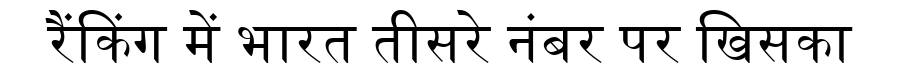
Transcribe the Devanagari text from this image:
रैंकिंग में भारत तीसरे नंबर पर खिसका